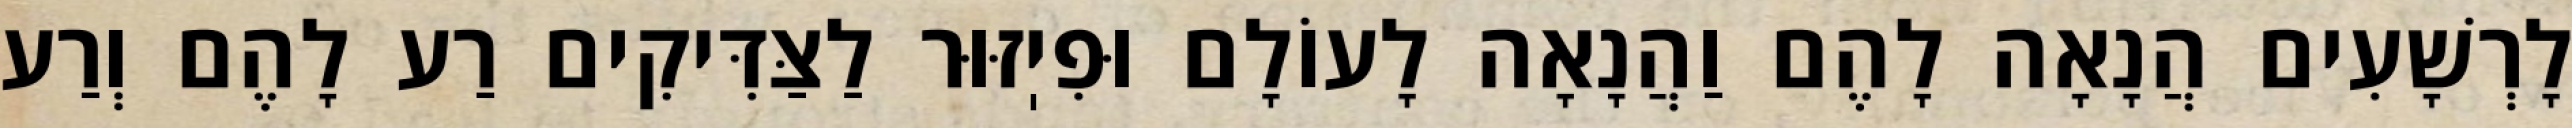
לָרְשָׁעִים הֲנָאָה לָהֶם וַהֲנָאָה לָעוֹלָם וּפִיֽזּוּר לַצַּדִּיקִים רַע לָהֶם וְרַע